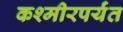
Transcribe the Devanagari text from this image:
कश्मीरपर्यंत